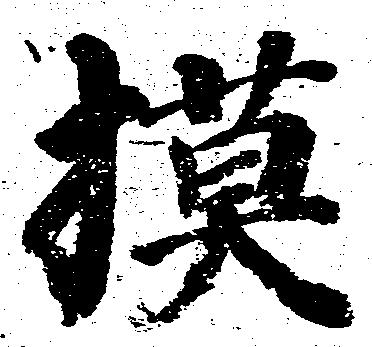
模